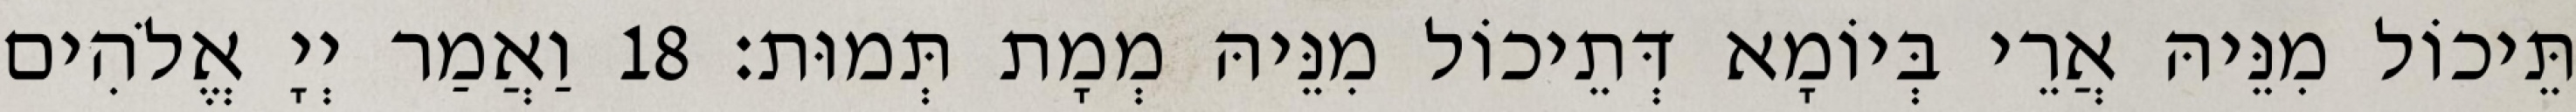
תֵּיכוֹל מִנֵּיהּ אֲרֵי בְּיוֹמָא דְּתֵיכוֹל מִנֵּיהּ מְמָת תְּמוּת׃ 18 וַאֲמַר יְיָ אֱלֹהִים